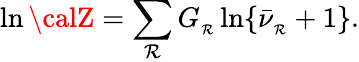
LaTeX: \ln{\calZ}=\sum_{\mathcal{R}}G_{_\mathcal{R}}\ln\{ \bar{{\nu}}_{_\mathcal{R}}+1\} .